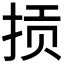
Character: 𫼱